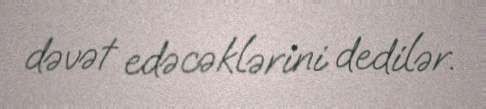
dəvət edəcəklərini dedilər.